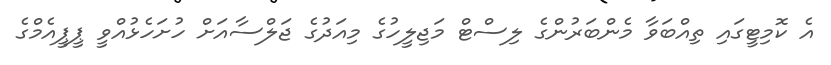
އެ ކޮމިޓީގައި ތިއްބަވާ މެންބަރުންގެ ލިސްޓް މަޖިލީހުގެ މިއަދުގެ ޖަލްސާއަށް ހުށަހެޅުއްވީ ޕީޕީއެމްގެ